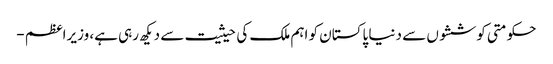
حکومتی کوششوں سے دنیا پاکستان کو اہم ملک کی حیثیت سے دیکھ رہی ہے، وزیراعظم -